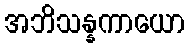
အဘိသန္နကာယော